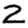
Digit: 2